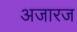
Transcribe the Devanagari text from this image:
अजारज